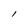
Character: l